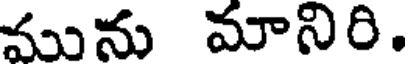
మును మానిరి.